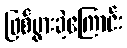
ဖြစ်ပွားခဲ့ကြောင်း